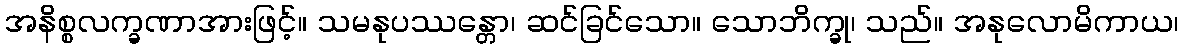
အနိစ္စလက္ခဏာအားဖြင့်။ သမနုပဿန္တော၊ ဆင်ခြင်သော။ သောဘိက္ခု၊ သည်။ အနုလောမိကာယ၊